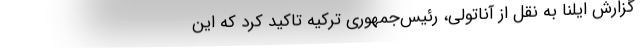
گزارش ایلنا به نقل از آناتولی، رئیس‌جمهوری ترکیه تاکید کرد که این